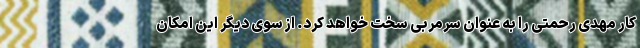
کار مهدی رحمتی را به عنوان سرمربی سخت خواهد کرد. از سوی دیگر این امکان